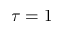
\tau = 1